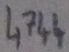
Text: 4744